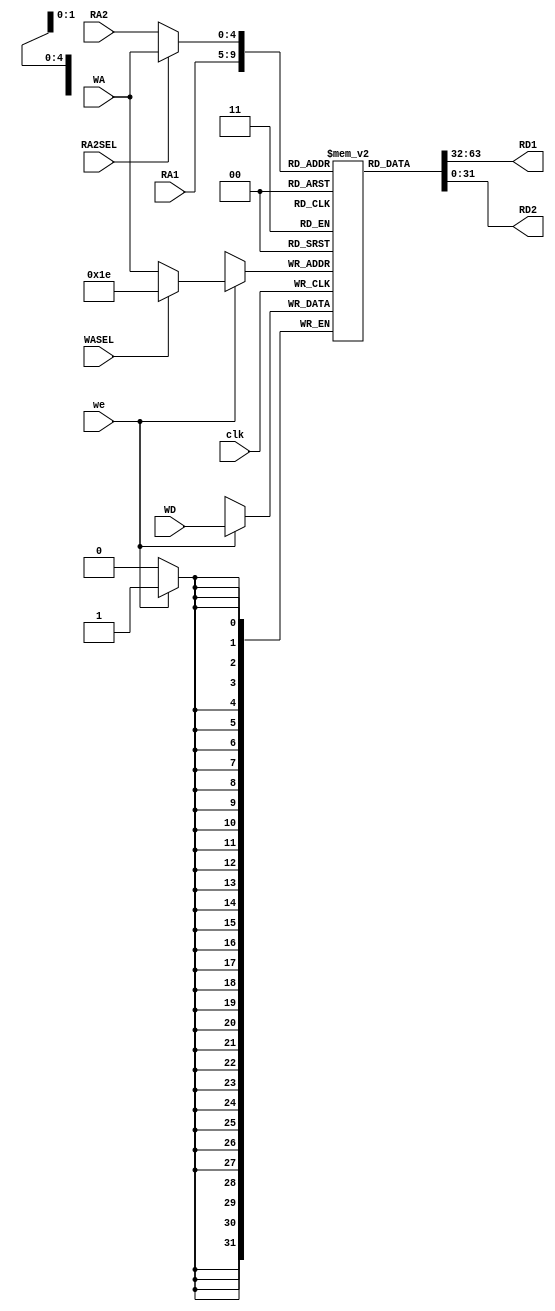
`timescale 1ns / 1ps
module Register_File(output [31:0] RD1,RD2,
                     input  [31:0] WD,
                     input  [4:0] RA1,RA2,WA,
                     input clk,we,RA2SEL,WASEL);

reg [31:0]RF[0:31];
wire[4:0]ra2,wa;

initial 
begin
    RF[31] = 32'h0000_0000;
    RF[2]  = 32'h0000_0005;
    RF[9]  = 32'h0000_000e;
    //$readmemh("D:/Vivado_projects/practice/practice/reg_values.txt",ram);
end
//always@(RF[6'h1f]) RF[6'h1f] = 32'h0000_0000;
// -----  Read Data ------//
assign RD1 = RF[RA1];
assign RD2 = RF[ra2];
assign ra2 = RA2SEL ? WA:RA2;
assign wa  =  WASEL ? 5'd30:WA;
// ----- Write Data ------//
always@(posedge clk)
begin
    if(we)
        RF[wa] <= WD;    
end   
endmodule